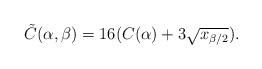
LaTeX: \begin{align*}\tilde C(\alpha,\beta) = 16 (C(\alpha) + 3 \sqrt{x_{\beta/2}}).\end{align*}